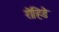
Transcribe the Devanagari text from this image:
रोहिङे